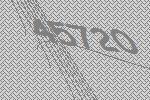
45720